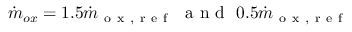
\Dot { m } _ { o x } = 1 . 5 \Dot { m } _ { \mathrm { ~ o ~ x ~ , ~ r ~ e ~ f ~ } } \ \mathrm { ~ a ~ n ~ d ~ } \ 0 . 5 \Dot { m } _ { \mathrm { ~ o ~ x ~ , ~ r ~ e ~ f ~ } }